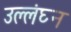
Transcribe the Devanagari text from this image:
उल्लंघ्न